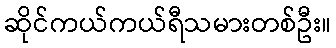
ဆိုင်ကယ်ကယ်ရီသမားတစ်ဦး။